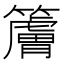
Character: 𰪠